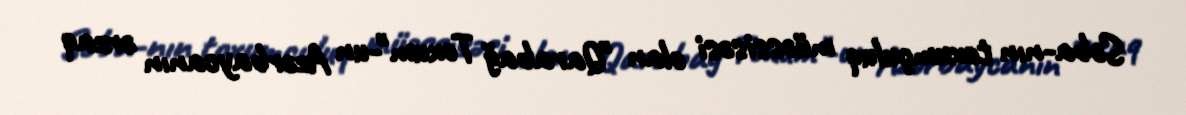
Səba-nın toxumçuluq müəssisəsi olan "Qarabağ Toxum"-un Azərbaycanın ərzaq